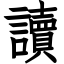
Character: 讀